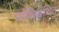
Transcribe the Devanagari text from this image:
संधिभ्रंशित